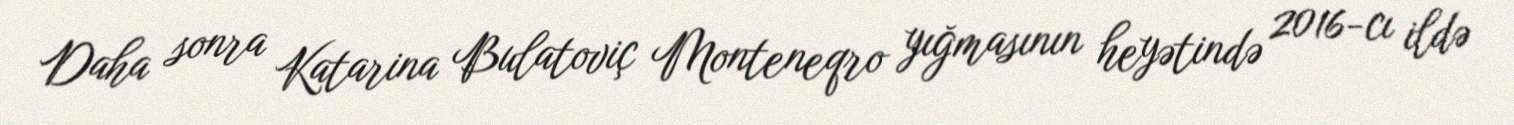
Daha sonra Katarina Bulatoviç Monteneqro yığmasının heyətində 2016-cı ildə